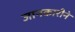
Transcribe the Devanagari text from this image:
जानकारीने